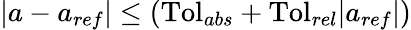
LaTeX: |a-a_{ref}|\leq(\mathrm{Tol}_{abs}+\mathrm{Tol}_{rel}|a_{ref}|)